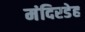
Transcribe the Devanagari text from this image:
मंदिरडेह